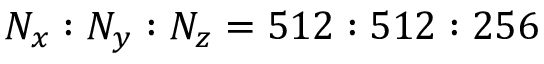
N _ { x } : N _ { y } : N _ { z } = 5 1 2 : 5 1 2 : 2 5 6